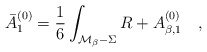
\begin{align*}\bar{A}_1^{(0)}=\frac 16 \int _{{\cal M}_\beta -\Sigma}R +A_{\beta,1}^{(0)}~~~,\end{align*}